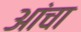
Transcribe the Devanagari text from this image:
आंचा